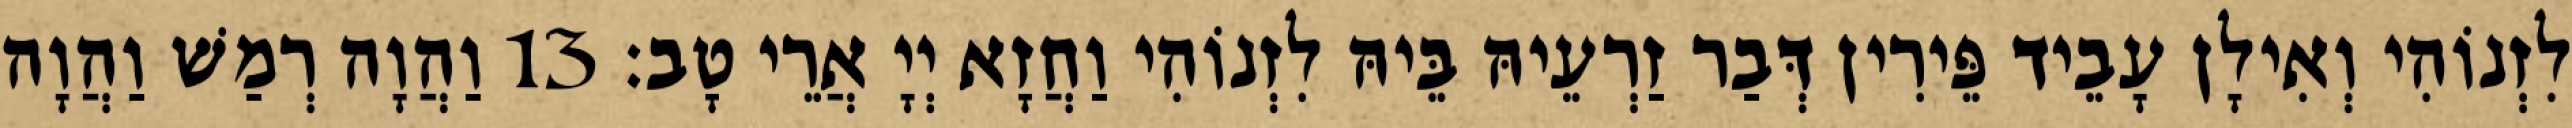
לִזְנוֹהִי וְאִילָן עָבֵיד פֵּירִין דְּבַר זַרְעֵיהּ בֵּיהּ לִזְנוֹהִי וַחֲזָא יְיָ אֲרֵי טָב׃ 13 וַהֲוָה רְמַשׁ וַהֲוָה